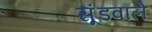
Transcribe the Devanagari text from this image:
सूंडवाले